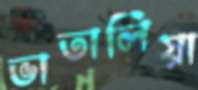
ভাতালিয়া